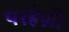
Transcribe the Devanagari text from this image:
परहेज़ी